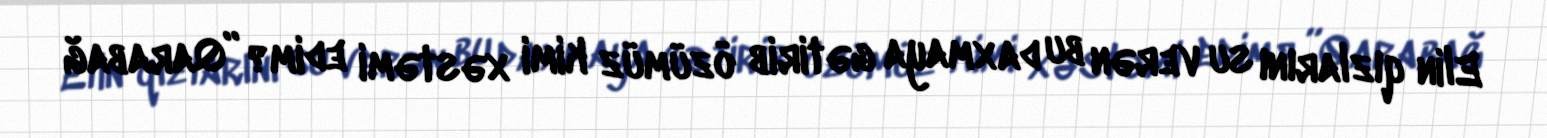
Elin qızlarını su verən bu daxmaya gətirib özümüz kimi xəstəmi edim?”Qarabağ